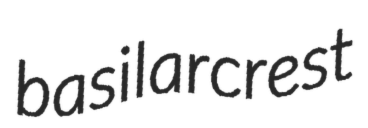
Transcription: basilar crest